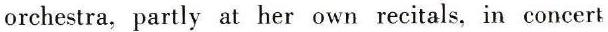
orchestra, partly at her own recitals, in concert